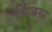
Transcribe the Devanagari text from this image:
पिञरा